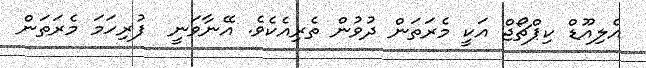
އެލިއޫޑް ކިޕްޗޯޖް އަކީ މެރަތަން ދުވުން ތެރިއެކެވެ. އޭނާވަނީ  ފުރިހަމަ މެރަތަން